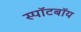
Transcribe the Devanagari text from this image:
स्पॉटबॉय